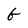
Character: G